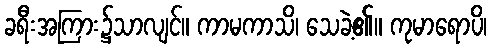
ခရီးအကြား၌သာလျင်။ ကာမကာသိ၊ သေခဲ့၏။ ကုမာရောပိ၊